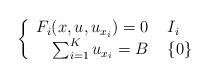
LaTeX: \begin{align*} \left\{\begin{array}{r l}F_{i}(x,u,u_{x_{i}}) = 0 & \, \, I_{i} \\\sum_{i = 1}^{K} u_{x_{i}} = B & \, \, \{0\} \end{array}\right.\end{align*}